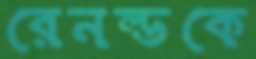
রেনল্ডকে